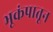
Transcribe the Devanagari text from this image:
भूकंपातून